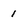
Character: 1